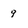
Character: 9